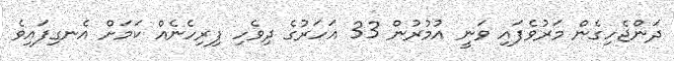
ދަންޖެހިގެން މަރުވެފައި ވަނީ އުމުރުން 33 އަހަރުގެ ދިވެހި ފިރިހެނެއް ކަމަށް އެނގިފައިވެ